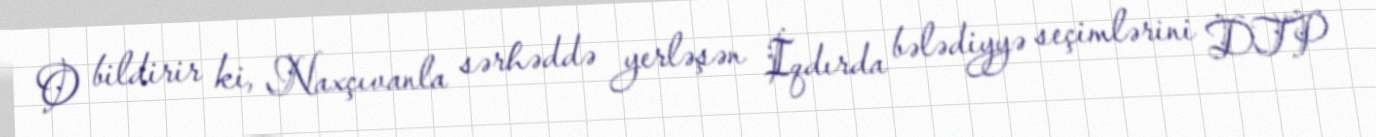
O bildirir ki, Naxçıvanla sərhəddə yerləşən İqdırda bələdiyyə seçimlərini DTP